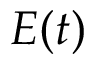
E ( t )